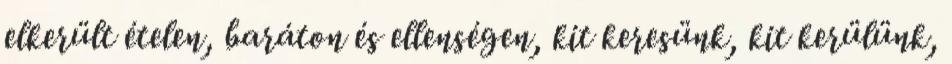
elkerült ételen, baráton és ellenségen, kit keresünk, kit kerülünk,